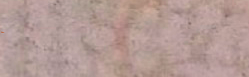
TryOurPizza